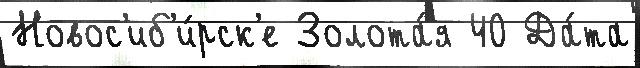
Новос'иб'и́рск'е Золота́я 40 Да́та